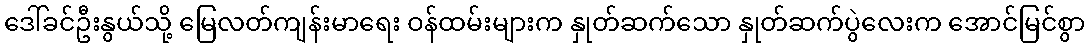
ဒေါ်ခင်ဦးနွယ်သို့ မြေလတ်ကျန်းမာရေး ဝန်ထမ်းများက နှုတ်ဆက်သော နှုတ်ဆက်ပွဲလေးက အောင်မြင်စွာ